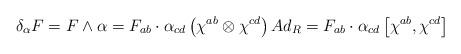
LaTeX: \begin{align*}\delta _{\alpha }F=F\wedge \alpha =F_{ab}\cdot \alpha _{cd}\left( \chi^{ab}\otimes \chi ^{cd}\right) Ad_{R}=F_{ab}\cdot \alpha _{cd}\left[ \chi^{ab},\chi ^{cd}\right]\end{align*}